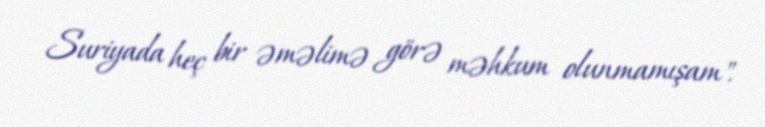
Suriyada heç bir əməlimə görə məhkum olunmamışam".